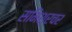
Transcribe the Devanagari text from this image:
समिश्रचर